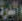
الدرة